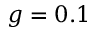
g = 0 . 1